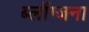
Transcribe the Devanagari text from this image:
ब्लॉग्जना